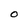
Character: 0